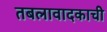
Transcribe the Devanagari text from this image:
तबलावादकाची